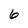
Character: 6